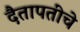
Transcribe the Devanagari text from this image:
दैतापतींचे